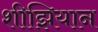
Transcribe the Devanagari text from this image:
शीझियान